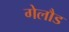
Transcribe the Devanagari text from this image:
गेलौड